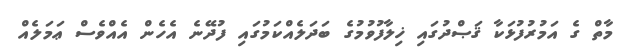
މާތް ގެ އަމުރުފުޅަކާ ޤަޞްދުގައި ޚިލާފުވުމުގެ ބަދަލެއްކަމުގައި ފުދޭނެ އެހެން އެއްވެސް ޢަމަލެއް